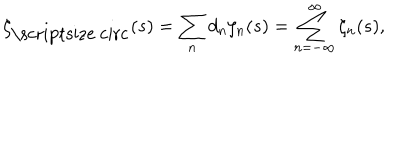
LaTeX: \zeta _ { \mathrm { \scriptsize ~ c i r c } } ( s ) = \sum _ { n } d _ { n } \zeta _ { n } ( s ) = \sum _ { n = - \infty } ^ { \infty } \zeta _ { n } ( s ) ,